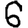
Digit: 6